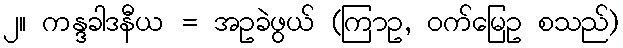
၂။ ကန္ဒခါဒနီယ = အဥခဲဖွယ် (ကြာဥ, ဝက်မြေဥ စသည်)